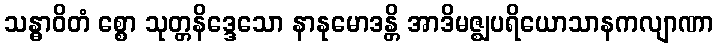
သန္ဓာဝိတံ စ္စော သုတ္တနိဒ္ဒေသော နာနုမောဒန္တိ အာဒိမဇ္ဈပရိယောသာနကလျာဏာ